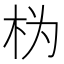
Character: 𱣄